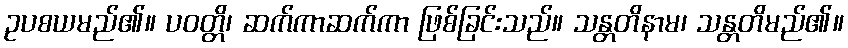
ဥပစယမည်၏။ ပဝတ္တိ၊ ဆက်ကာဆက်ကာ ဖြစ်ခြင်းသည်။ သန္တတိနာမ၊ သန္တတိမည်၏။